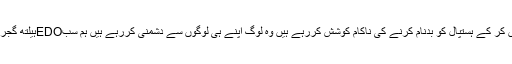
انہوں نے کہاکہ تمام عملہ پوری ایمانداری سے خلق خدا کی خدمت میںمصروف ہے کچھ لوگ منفی باتیں کر کے ہستپال کو بدنام کرنے کی ناکام کوشش کررہے ہیں وہ لوگ اپنے ہی لوگوں سے دشمنی کررہے ہیں ہم سبEDOہیلتھ گجرات ڈاکٹر طاہر بشیر کی قیادت میں دکھی انسانیت کو تمام موجودہ سہولیات اور ادویات فراہم کررہے ہیں۔